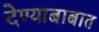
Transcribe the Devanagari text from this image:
देण्याबाबात